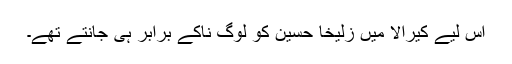
اس لیے کیرالا میں زُلیخا حُسین کو لوگ ناکے برابر ہی جانتے تھے۔